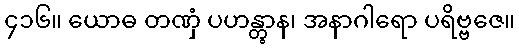
၄၁၆။ ယောဓ တဏှံ ပဟန္တွာန၊ အနာဂါရော ပရိဗ္ဗဇေ။